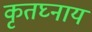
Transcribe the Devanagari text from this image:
कृतघ्नाय